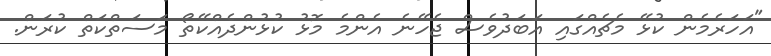
"އަހަރެމެން ކުޅޭ މެޗެއްގައި އަބަދުވެސް ޖެހޭނެ އެންމެ މޮޅު ކުޅުންދެއްކޭތޯ މަސަތްކަތް ކުރަން.